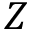
Z